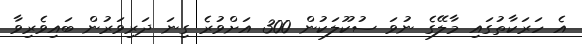
އެ ހަރަކާތުގައި މާލޭގެ ނުވަ ސުކޫލަކުން 300 އަށްވުރެ ގިނަ ދަރިވަރުން ބައިވެރިވާ